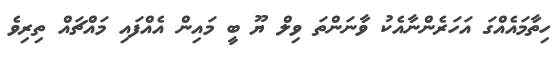
ހިތާމައެއްގަ އަހަރެންނާއެކު ވާނަންތަ ވިލް ޔޫ ބީ މައިން އެއްފައި މައްޗައް ތިރިވެ